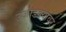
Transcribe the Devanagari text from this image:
उजाडल्यावर